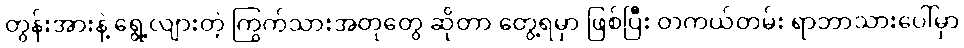
တွန်းအားနဲ့ ရွေ့လျားတဲ့ ကြွက်သားအတုတွေ ဆိုတာ တွေ့ရမှာ ဖြစ်ပြီး တကယ်တမ်း ရာဘာသားပေါ်မှာ